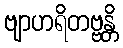
ဗျာဟရိတဗ္ဗန္တိ